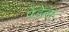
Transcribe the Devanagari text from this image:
पेंडेला